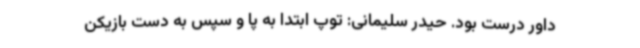
داور درست بود. حیدر سلیمانی: توپ ابتدا به پا و سپس به دست بازیکن